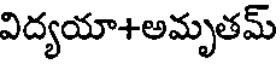
విద్యయా+అమృతమ్